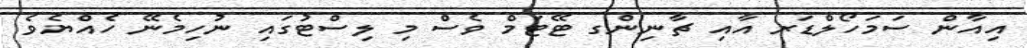
އިއާން ސަމަހޯލްޑަރ އާއި ޗާނިންގ ޓޭޓަމް ވެސް މި ލިސްޓުގައި ނުހިމެނޭ ހެއްޔެވެ